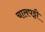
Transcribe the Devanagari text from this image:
चालपट्टी